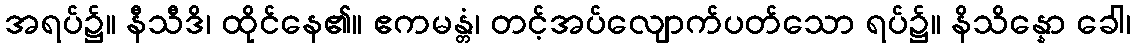
အရပ်၌။ နီသီဒိ၊ ထိုင်နေ၏။ ဧကမန္တံ၊ တင့်အပ်လျောက်ပတ်သော ရပ်၌။ နိသိန္နော ခေါ၊